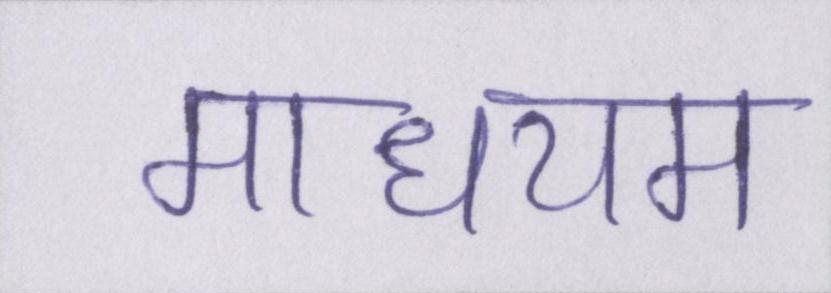
माधयम